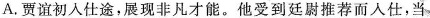
贾谊初人仕途,展现非凡才能”他受到廷尉推荐而入仕,当